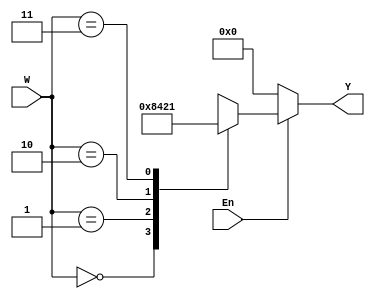
module dec2to4_case (W, En, Y);
// input lines 2 bit 
  input [1:0] W;
// enable input 
  input En;
// output line 4 bit
  output reg [0:3] Y;
  always @(W, En)
    begin
      // if enable is 0 then output is alaways 0
      if (En == 0)
        Y = 4'b0000;
      else
    case (W)
    // output mapped according to the truth table 
      0: Y = 4'b1000;
      1: Y = 4'b0100;
      2: Y = 4'b0010;
      3: Y = 4'b0001;
    endcase
  end
endmodule